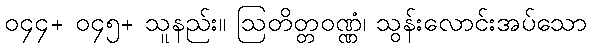
၀၄၄+ ၀၄၅+ သူနည်း။ ဩတိတ္တဝဏ္ဏံ၊ သွန်းလောင်းအပ်သော